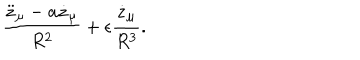
LaTeX: { \frac { \ddot { z } _ { \mu } - a \dot { z } _ { \mu } } { R ^ { 2 } } } + \epsilon { \frac { \dot { z } _ { \mu } } { R ^ { 3 } } } .